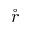
\mathring { r }